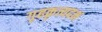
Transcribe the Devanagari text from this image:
गृहकृत्यदक्ष